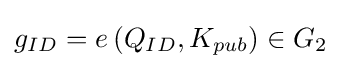
\textstyle g_{ID}=e\left(Q_{ID},K_{pub}\right)\in G_{2}